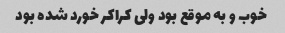
خوب و به موقع بود ولی کراکر خورد شده بود